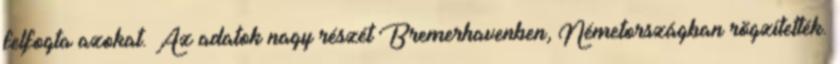
felfogta azokat. Az adatok nagy részét Bremerhavenben, Németországban rögzítették.